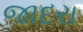
જાદરા